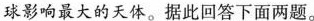
球影响最大的天体。据此回答下面两题。